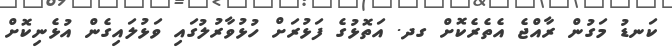
ކަނޑު މަގުން ރާއްޖެ އެތެރެކޮށް ގދ. އަތޮޅުގެ ފަޅުރަށް ހުޅުވާރުލުގައި ވަޅުލައިގެން އުޅެނިކޮށް